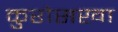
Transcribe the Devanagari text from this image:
कुरोसखा